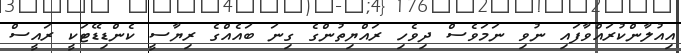
އިއުލާންކުރައްވާފައި ނުވި ނަމަވެސް ދިވެހި ރައްޔިތުންގެ ގިނަ ބައެެއްގެ ރިޔާސީ ކެންޑިޑޭޓަކީ ރައީސް